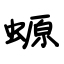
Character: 螈